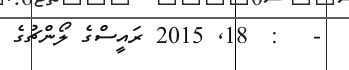
-   :  18